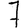
Digit: 7